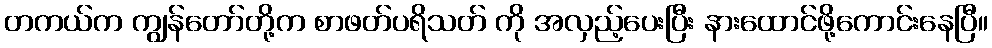
တကယ်က ကျွန်တော်တို့က စာဖတ်ပရိသတ် ကို အလှည့်ပေးပြီး နားထောင်ဖို့ကောင်းနေပြီ။